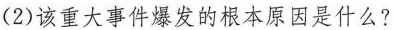
(2)该重大事件爆发的根本原因是什么?